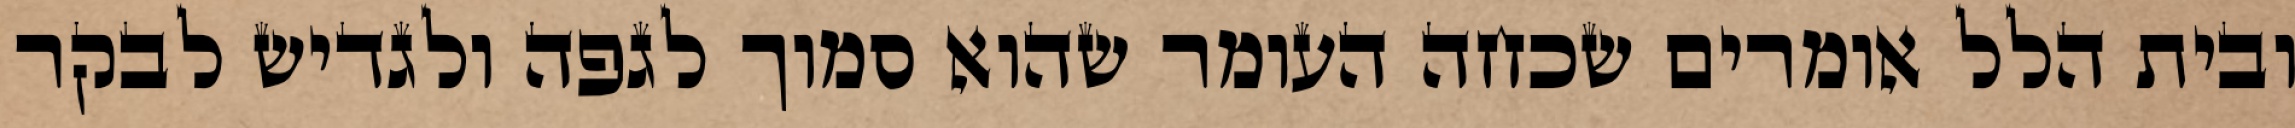
ובית הלל אומרים שכחה העומר שהוא סמוך לגפה ולגדיש לבקר